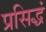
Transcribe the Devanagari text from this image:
प्रसिद्धं